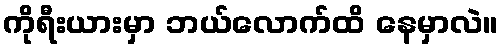
ကိုရီးယားမှာ ဘယ်လောက်ထိ နေမှာလဲ။